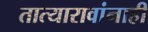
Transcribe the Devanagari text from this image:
तात्यारावांनाही